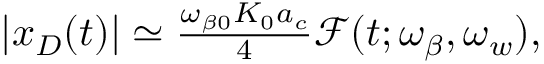
\begin{array} { r } { | x _ { D } ( t ) | \simeq \frac { \omega _ { \beta 0 } K _ { 0 } a _ { c } } { 4 } \mathcal { F } ( t ; \omega _ { \beta } , \omega _ { w } ) \mathrm { , } } \end{array}